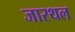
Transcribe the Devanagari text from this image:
जारथल